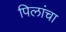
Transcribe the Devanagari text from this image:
पिलांचा